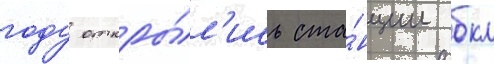
году откры́л'ись ста́нции бкл